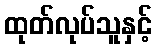
ထုတ်လုပ်သူနှင့်